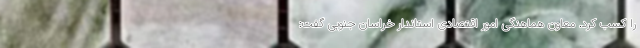
را کسب کرد. معاون هماهنگی امور اقتصادی استاندار خراسان جنوبی گفت: